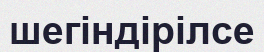
шегіндірілсе